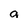
Character: a